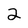
Character: 2